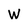
Character: W